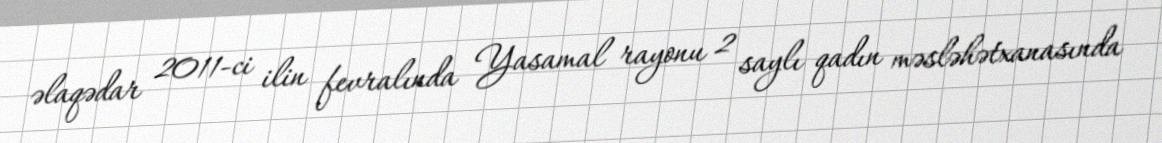
əlaqədar 2011-ci ilin fevralında Yasamal rayonu 2 saylı qadın məsləhətxanasında